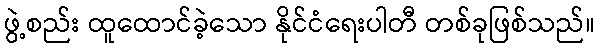
ဖွဲ့စည်း ထူထောင်ခဲ့သော နိုင်ငံရေးပါတီ တစ်ခုဖြစ်သည်။